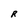
Character: R